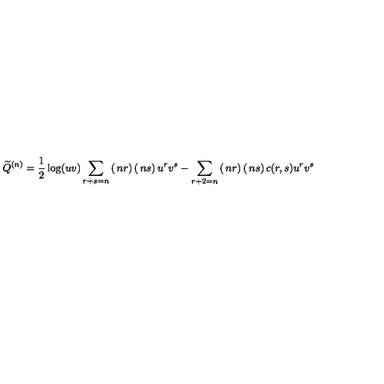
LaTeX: { \widetilde Q } ^ { ( n ) } = \frac { 1 } { 2 } \log ( u v ) \sum _ { r + s = n } \left( \begin{matrix} { n } \\ { r } \\ \end{matrix} \right) \left( \begin{matrix} { n } \\ { s } \\ \end{matrix} \right) u ^ { r } v ^ { s } - \sum _ { r + 2 = n } \left( \begin{matrix} { n } \\ { r } \\ \end{matrix} \right) \left( \begin{matrix} { n } \\ { s } \\ \end{matrix} \right) c ( r , s ) u ^ { r } v ^ { s }